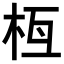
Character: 𣐛